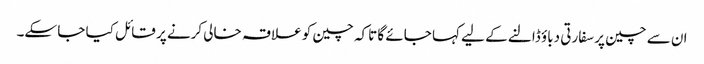
ان سے چین پر سفارتی دباؤ ڈالنے کے لیے کہا جائے گا تاکہ چین کو علاقہ خالی کرنے پر قائل کیا جا سکے۔